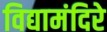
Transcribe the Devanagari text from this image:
विद्यामंदिरे